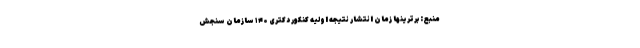
منبع: برترینها زمان انتشار نتیجه اولیه کنکور دکتری ۱۴۰ سازمان سنجش